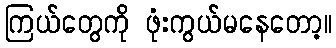
ကြယ်တွေကို ဖုံးကွယ်မနေတော့။